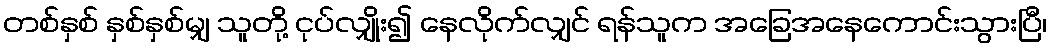
တစ်နှစ် နှစ်နှစ်မျှ သူတို့ ငုပ်လျှိုး၍ နေလိုက်လျှင် ရန်သူက အခြေအနေကောင်းသွားပြီ၊